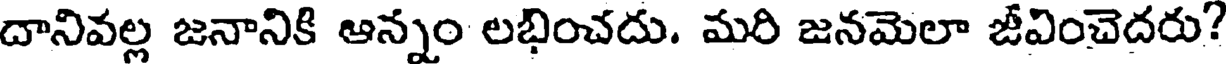
దానివల్ల జనానికి ఆన్నం లభించదు. మరి జనమెలా జీవించెదరు?